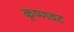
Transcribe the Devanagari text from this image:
कृष्णवट